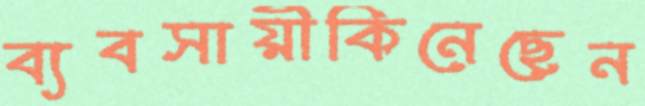
ব্যবসায়ীকিনেছেন